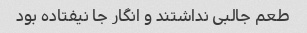
طعم‌ جالبی نداشتند و انگار جا نیفتاده بود